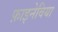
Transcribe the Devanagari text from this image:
फ़ाइनेविया